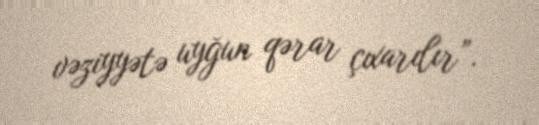
vəziyyətə uyğun qərar çıxarılır”.